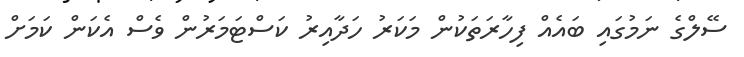
ސޭލްގެ ނަމުގައި ބައެއް ފިހާރަތަކުން މަކަރު ހަދާއިރު ކަސްޓަމަރުން ވެސް އެކަން ކަމަށް